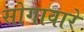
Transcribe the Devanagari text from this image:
सोगावारे